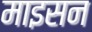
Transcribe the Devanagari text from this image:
माइसन